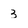
Character: 3